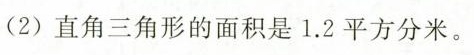
直角三角形的面积是1.2平方分米。